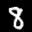
Label: 8